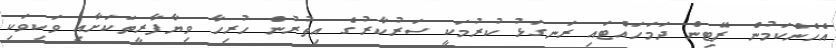
އެހެންކަމުން ރޭޓިން ދަމަހައްޓައި ރަނގަޅު ކުރުމަކީ ސަރުކާރުގެ އިތުރުން ހުރިހާ ވިޔާފާރީތަކަށާއި ވަކިވަކި